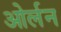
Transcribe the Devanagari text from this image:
ओर्लन